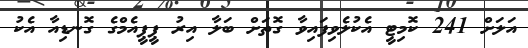
އަލަށް 241 ކޮމިޓީ އެކުލެވިފައިވާ ގޮތަށް ބަލާ އިރު ޕީޕީއެމްގެ ގޮނޑިއާ އެކު